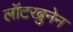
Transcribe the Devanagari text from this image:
लॉटरब्रुनेन